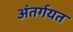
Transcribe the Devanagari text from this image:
अंतर्गयत